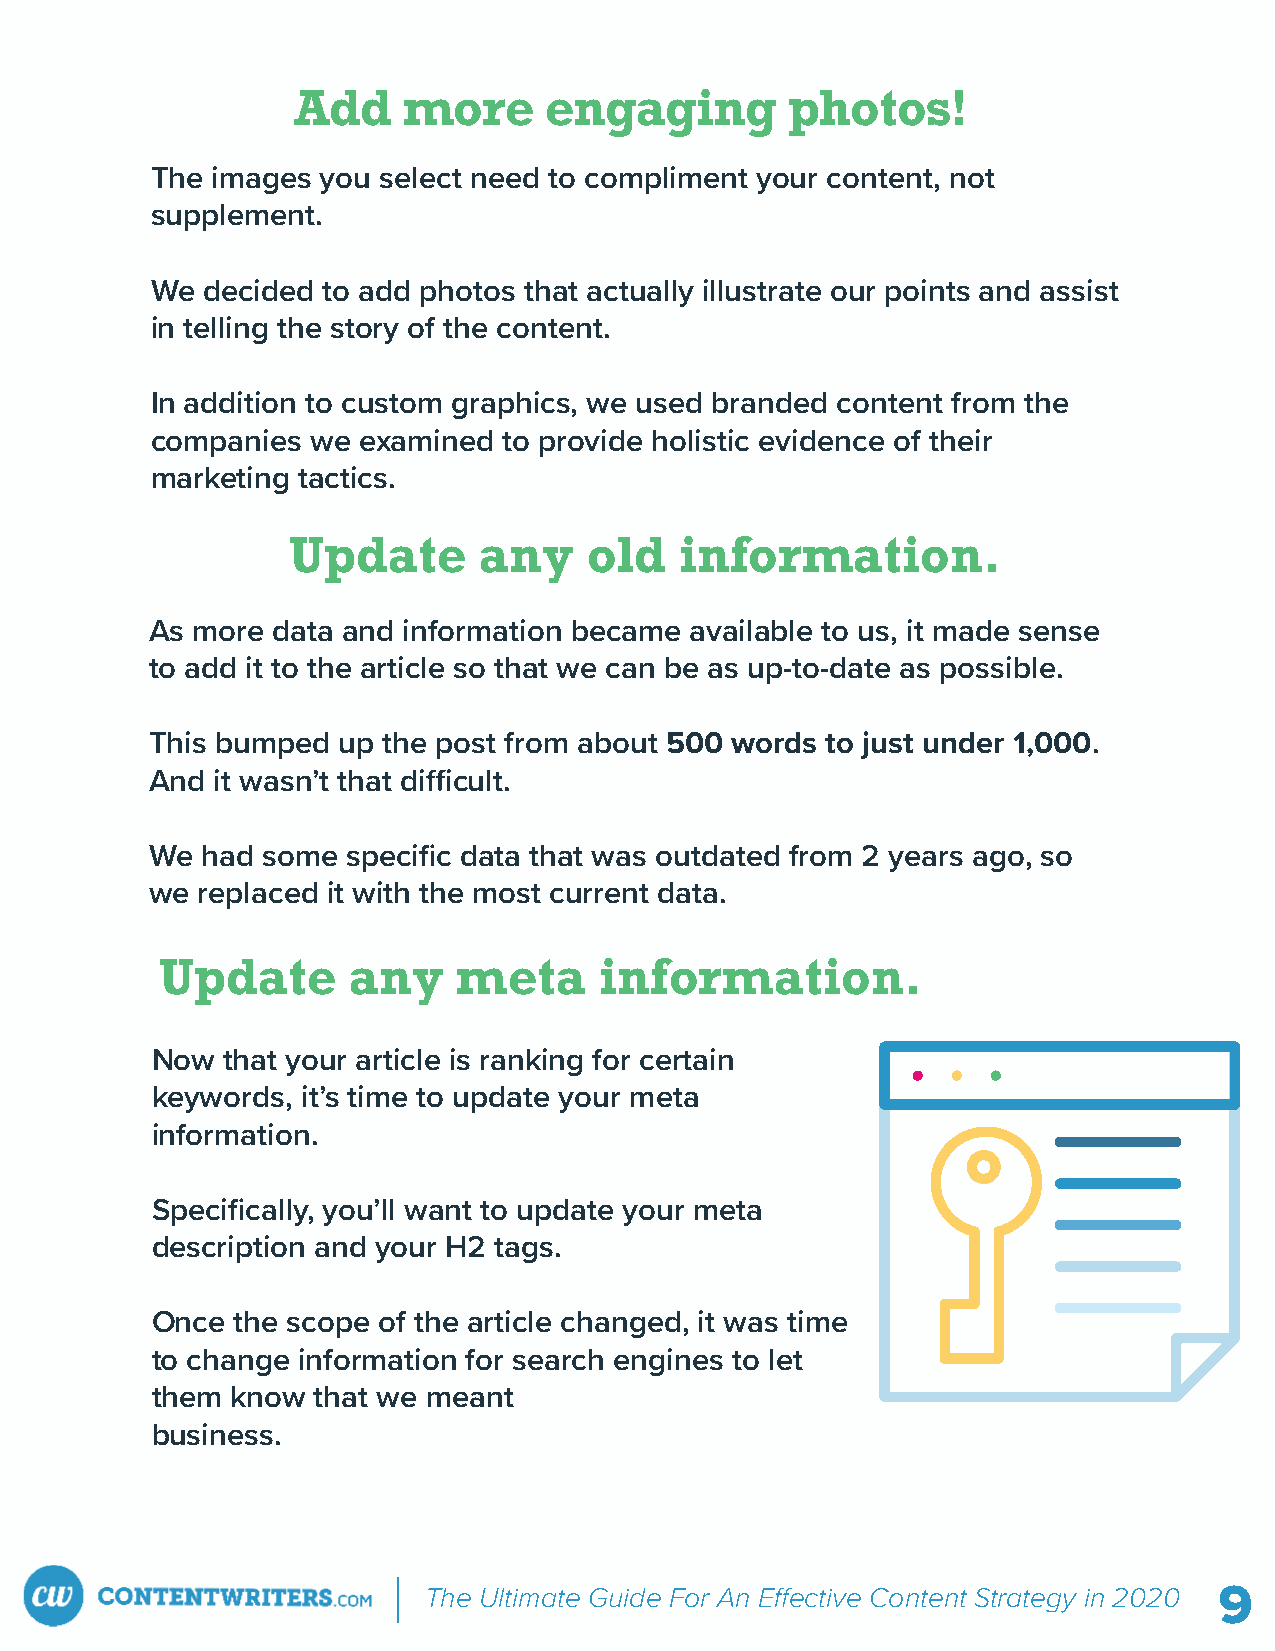
Add     more     engaging        photos!
 The images you select need to compliment your content, not
 supplement.
 We decided to add photos that actually illustrate our points and assist
 in telling the story of the content.
 In addition to custom graphics, we used branded content from the
 companies  we examined to provide holistic evidence of their
 marketing tactics.
 Update       any    old   information.
 As more data and information became available to us, it made sense
 to add it to the article so that we can be as up-to-date as possible.
 This bumped up the post from about 500 words to just under 1,000.
 And it wasn’t that di cult.
 We had some  specific data that was outdated from 2 years ago, so
 we replaced it with the most current data.
 Update      any    meta      information.
 Now  that your article is ranking for certain
 keywords, it’s time to update your meta
 information.
 Specifically, you’ll want to update your meta
 description and your H2 tags.
 Once the scope of the article changed, it was time
 to change information for search engines to let
 them know  that we meant
 business.
 The Ultimate Guide For An E ective Content Strategy in 2020 9